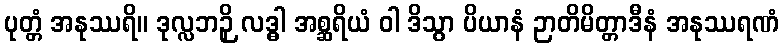
ပုတ္တံ အနုဿရိ။ ဒုလ္လဘဉှိ လဒ္ဓါ အစ္ဆရိယံ ဝါ ဒိသွာ ပိယာနံ ဉာတိမိတ္တာဒီနံ အနုဿရဏံ